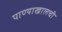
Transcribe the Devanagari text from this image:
पाण्याखालची